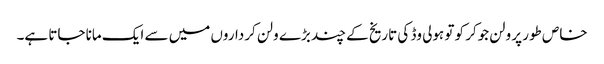
خاص طور پر ولن جوکر کو تو ہولی وڈ کی تاریخ کے چند بڑے ولن کرداروں میں سے ایک مانا جاتا ہے۔